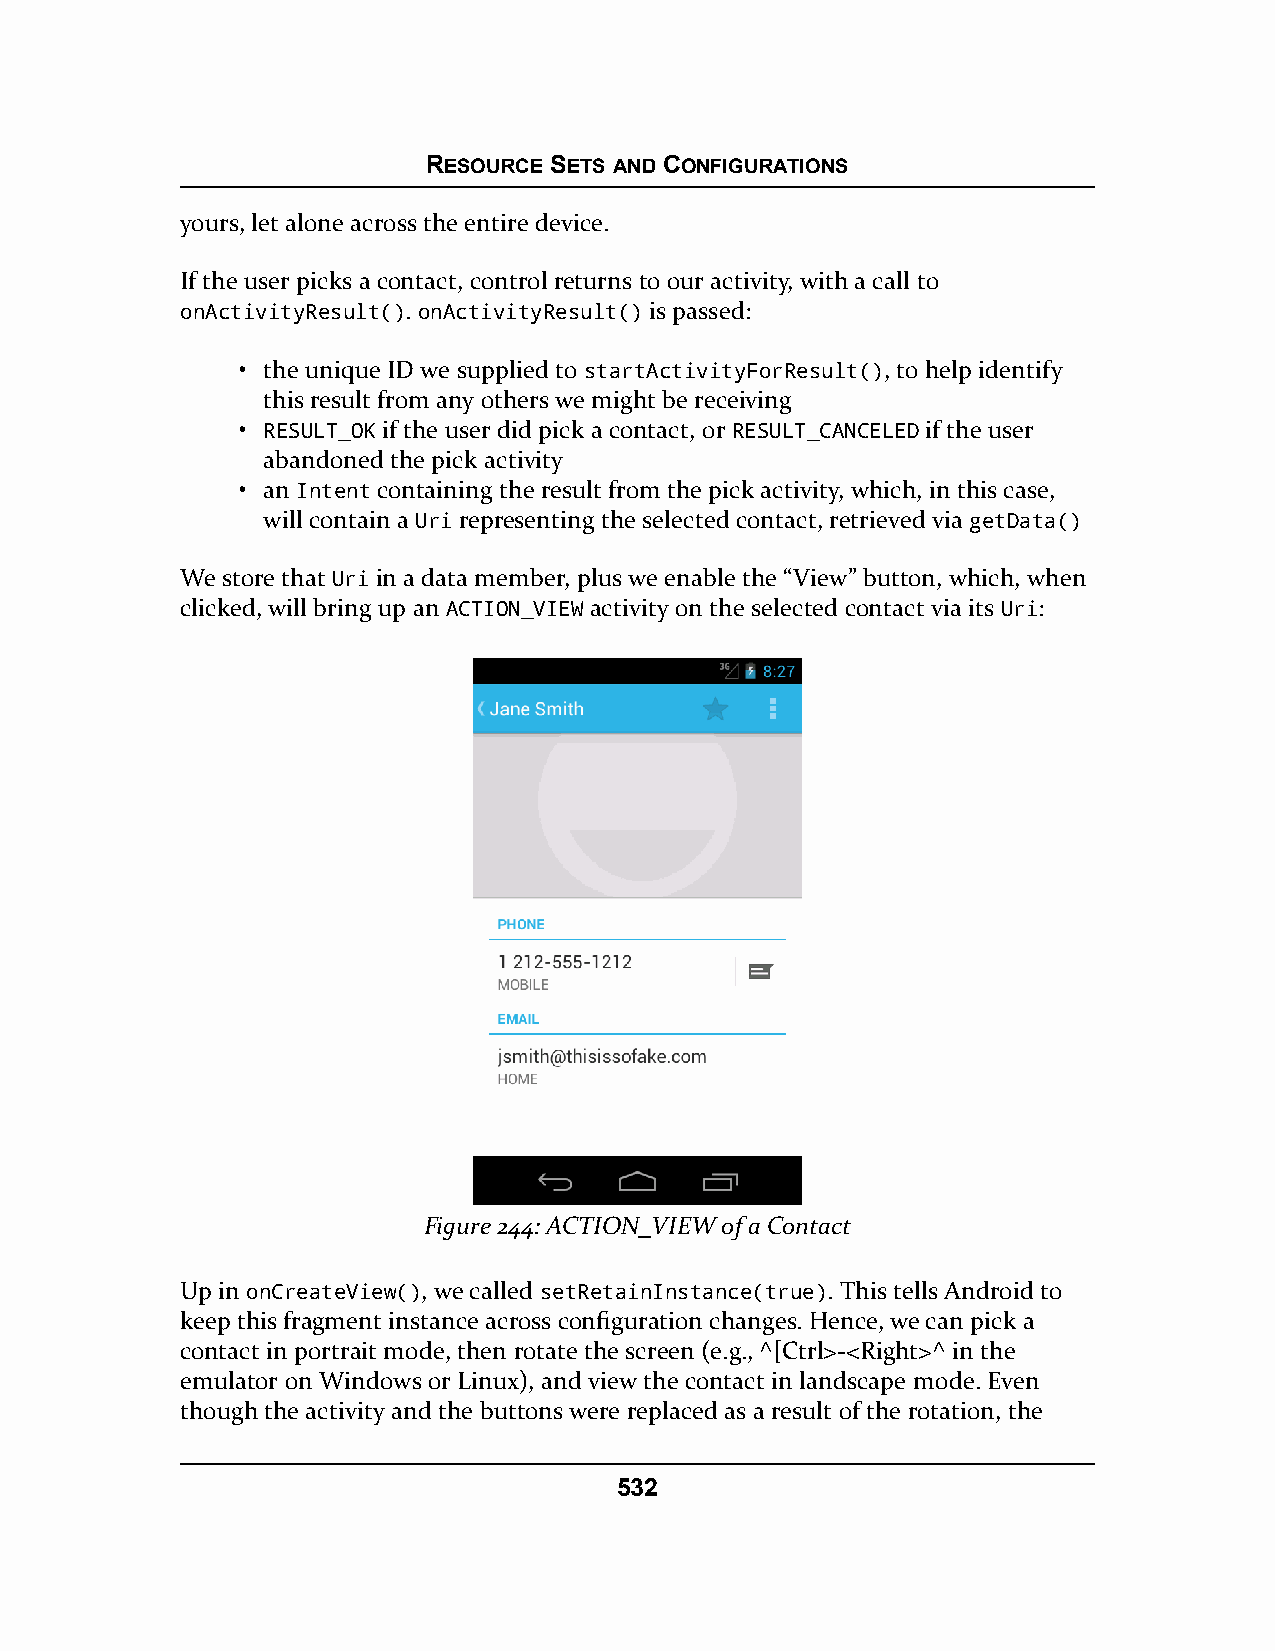
RESOURCE SETS AND CONFIGURATIONS
 yours, let alone across the entire device.
 If the user picks a contact, control returns to our activity, with a call to
 onActivityResult(). onActivityResult() is passed:
 • the unique ID we supplied to startActivityForResult(), to help identify
 this result from any others we might be receiving
 • RESULT_OK if the user did pick a contact, or RESULT_CANCELED if the user
 abandoned the pick activity
 • an Intent containing the result from the pick activity, which, in this case,
 will contain a Uri representing the selected contact, retrieved via getData()
 We store that Uri in a data member, plus we enable the “View” button, which, when
 clicked, will bring up an ACTION_VIEW activity on the selected contact via its Uri:
 Figure 244: ACTION_VIEW of a Contact
 Up in onCreateView(), we called setRetainInstance(true). This tells Android to
 keep this fragment instance across configuration changes. Hence, we can pick a
 contact in portrait mode, then rotate the screen (e.g., ^[Ctrl>-<Right>^ in the
 emulator on Windows or Linux), and view the contact in landscape mode. Even
 though the activity and the buttons were replaced as a result of the rotation, the
 532